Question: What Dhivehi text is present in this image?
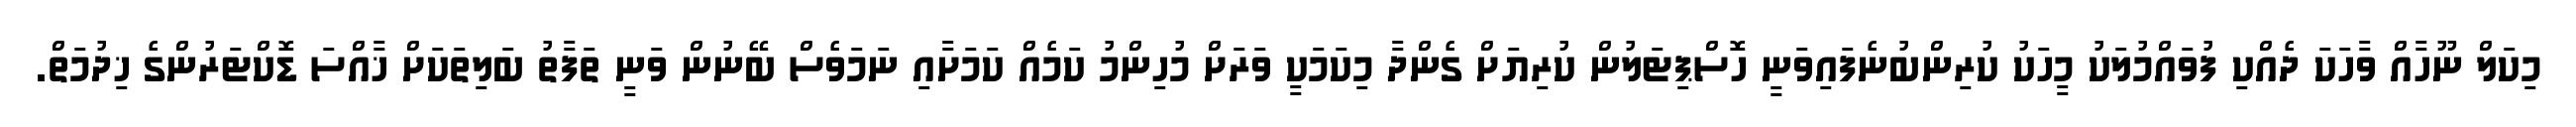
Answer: މިކަލް ނޫހާއް ވާހަކަ ދެއްކި ފުވައްމުލަކު މީހަކު ކުރިންބުނެފައިވަނީ ހޮސްޕިޓަލުން ކުރިޔަށް ގެންދާ މިކަމަކީ ވަރަށް މުހިންމު ކަމެއް ކަމަށާއި ނަމަވެސް ބޭނުން ވަނީ ތަފާތު ބަލިތަކަށް ޚާއްސަ ޑޮކްޓަރުންގެ ޚިދުމަތް.